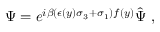
\Psi = e ^ { i \beta ( \epsilon ( y ) \sigma _ { 3 } + \sigma _ { 1 } ) f ( y ) } \hat { \Psi } \ ,